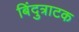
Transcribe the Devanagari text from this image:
बिंदुत्राटक